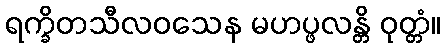
ရက္ခိတသီလဝသေန မဟပ္ဖလန္တိ ဝုတ္တံ။